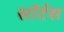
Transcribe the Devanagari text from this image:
सॉर्टस